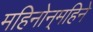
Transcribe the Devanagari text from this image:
महिनोन्‌महिने